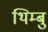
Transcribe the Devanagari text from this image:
थिम्बु